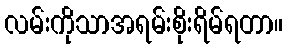
လမ်းကိုသာအရမ်းစိုးရိမ်ရတာ။